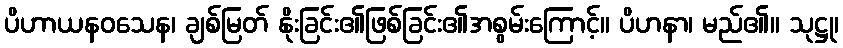
ပိဟာယနဝသေန၊ ချစ်မြတ် နိုးခြင်း၏ဖြစ်ခြင်း၏အစွမ်းကြောင့်။ ပိဟနာ၊ မည်၏။ သုဋ္ဌု၊